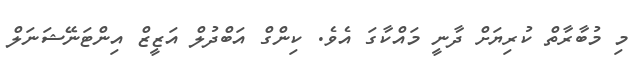
މި މުބާރާތް ކުރިޔަށް ދާނީ މައްކާގަ އެވެ. ކިންގް އަބްދުލް އަޒީޒް އިންޓަނޭޝަނަލް